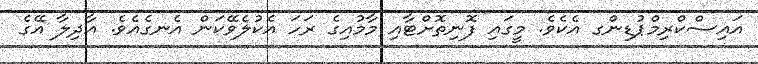
އައިސްކްރިމްޕުޑިންގ އެކެވެ. މީގައި ފޮނިތޮށްޓާއި މާމުއިގެ ރަހަ އެކުލެވޭކަން އެނގެއެވެ. އާދިލާ އޭގެ